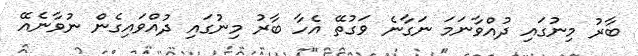
ބާރު މިނުގައި ދުއްވާނަމަ ނަގާނެ ވަގުތޭ އެހާ ބާރު މިނުގައި ދުއްވައިގެން ނުވާނެއޭ